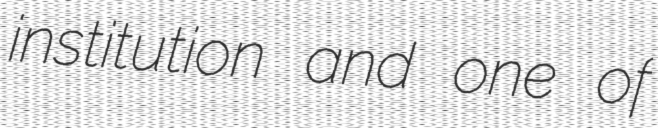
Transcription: institution and one of